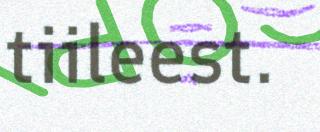
tiileest.